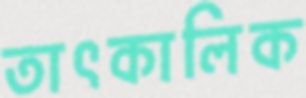
তাৎকালিক